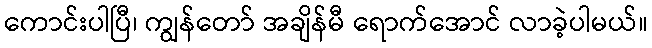
ကောင်းပါပြီ၊ ကျွန်တော် အချိန်မီ ရောက်အောင် လာခဲ့ပါမယ်။